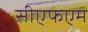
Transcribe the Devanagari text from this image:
सीएफएम